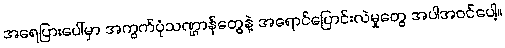
အရေပြားပေါ်မှာ အကွက်ပုံသဏ္ဌာန်တွေနဲ့ အရောင်ပြောင်းလဲမှုတွေ အပါအဝင်ပေါ့။